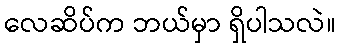
လေဆိပ်က ဘယ်မှာ ရှိပါသလဲ။